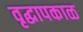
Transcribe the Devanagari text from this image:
वृद्धापकाळ